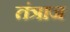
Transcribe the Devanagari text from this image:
तंत्राज